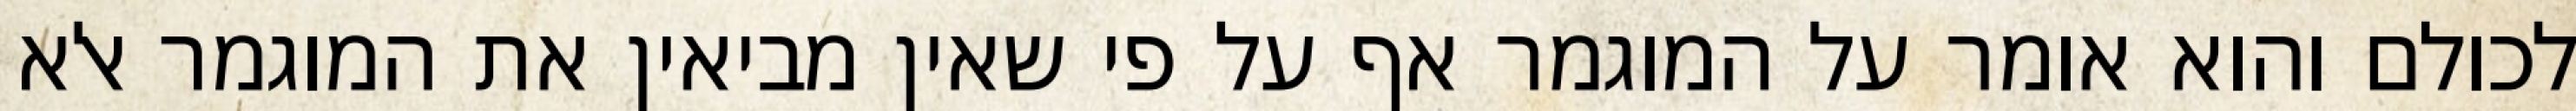
לכולם והוא אומר על המוגמר אף על פי שאין מביאין את המוגמר אלא